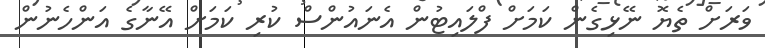
ވަރަށް ތެޔޮ ނޭޅިގެން ކަމަށް ފްލައިޓުން އެނައުންސް ކުރި ކަމަށް އޭނާގެ އަންހެނުން